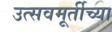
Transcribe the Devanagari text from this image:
उत्सवमूर्तीच्या